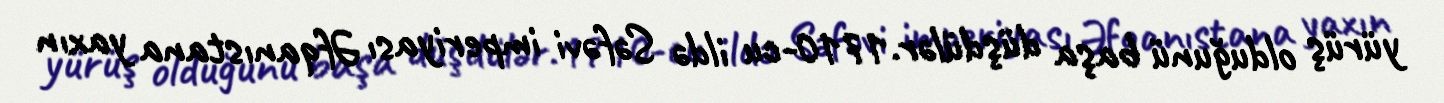
yürüş olduğunü başa düşdülər.1710-cu ildə Səfəvi imperiyası Əfqanıstana yaxın